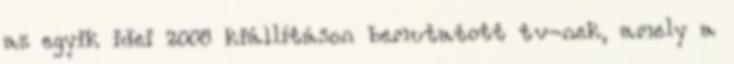
az egyik idei 2008 kiállításon bemutatott tv-nek, amely a